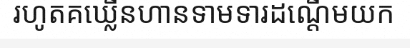
រហូតគឃ្លើនហានទាមទារដណ្តើមយក